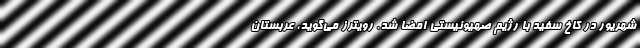
شهریور در کاخ سفید با رژیم صهیونیستی امضا شد. رویترز می‌گوید، عربستان